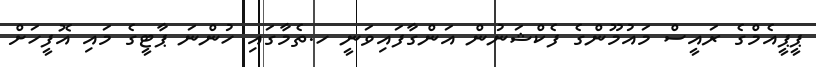
ޕީޕީއެމްގެ ރައީސް މައުމޫންގެ ފެކްޝަނުން އަންގާފައިވަނީ ހ.ތެމާގައި ހުންނަ ޕާޓީގެ މައި އޮފީހަށް